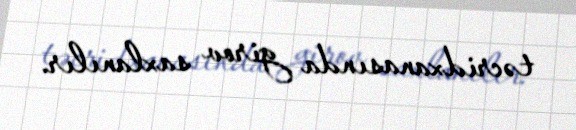
təcridxanasında girov saxlanılır.